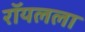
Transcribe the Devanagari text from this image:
रॉयलला